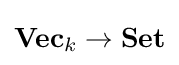
\mathbf {Vec} _{k}\to \mathbf {Set}